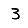
Digit: 3